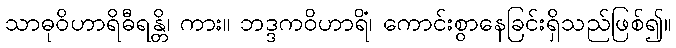
သာဓုဝိဟာရိဓီရန္တိ၊ ကား။ ဘဒ္ဒကဝိဟာရိံ၊ ကောင်းစွာနေခြင်းရှိသည်ဖြစ်၍။